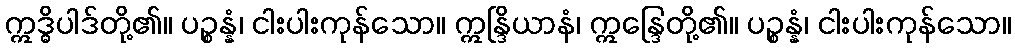
ဣဒ္ဓိပါဒ်တို့၏။ ပဉ္စန္နံ၊ ငါးပါးကုန်သော။ ဣန္ဒြိယာနံ၊ ဣန္ဒြေတို့၏။ ပဉ္စန္နံ၊ ငါးပါးကုန်သော။